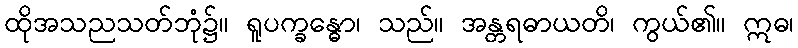
ထိုအသညသတ်ဘုံ၌။ ရူပက္ခန္ဓော၊ သည်။ အန္တရဓာယတိ၊ ကွယ်၏။ ဣဓ၊